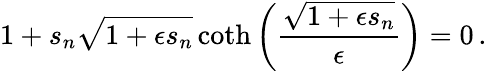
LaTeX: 1+s_{n}\sqrt{1+\epsilon s_{n}}\coth\left(\frac{\sqrt{1+\epsilon s_{n}}}{\epsilon}\right)=0\, .